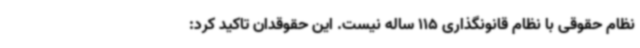
نظام حقوقی با نظام قانونگذاری 115 ساله نیست. این حقوقدان تاکید کرد: